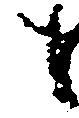
も